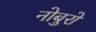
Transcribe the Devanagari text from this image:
नोबुरो